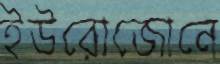
ইউরোজোনে